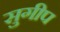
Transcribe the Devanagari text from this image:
सुगीप